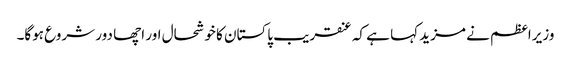
وزیراعظم نے مزید کہا ہے کہ عنقریب پاکستان کا خوشحال اور اچھا دور شروع ہوگا۔